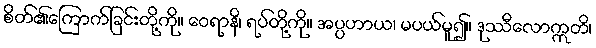
စိတ်၏ကြောက်ခြင်းတို့ကို။ ဝေရာနိ၊ ရပ်တို့ကို။ အပ္ပဟာယ၊ မပယ်မူ၍။ ဒုဿီလောဣတိ၊